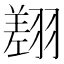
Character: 𦑺